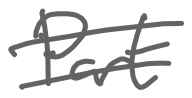
Text: Part
Cross-out: mix
Writing tool: digital_gray